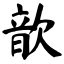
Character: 歆